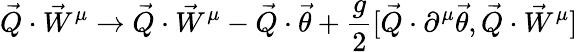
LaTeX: \vec{Q}\cdot\vec{W}^{\mu}\rightarrow\vec{Q}\cdot\vec{W}^{\mu}-\vec{Q}\cdot\vec{\theta}+\frac{g}{2}[\vec{Q}\cdot\partial^{\mu}\vec{\theta},\vec{Q}\cdot{\vec{W}}^{\mu}]